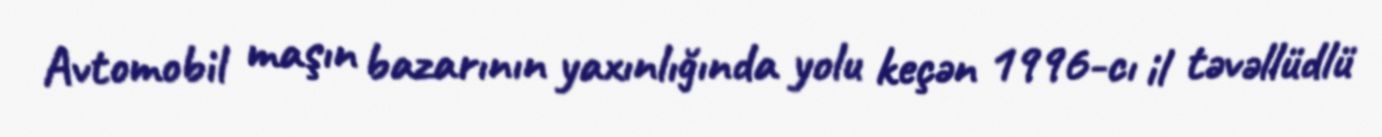
Avtomobil maşın bazarının yaxınlığında yolu keçən 1996-cı il təvəllüdlü